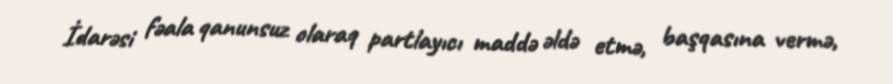
İdarəsi fəala qanunsuz olaraq partlayıcı maddə əldə etmə, başqasına vermə,